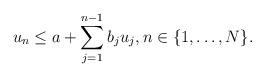
LaTeX: \begin{align*}u_n \leq a + \sum_{j=1}^{n-1} b_j u_j, n \in \{1,\dots, N \}.\end{align*}